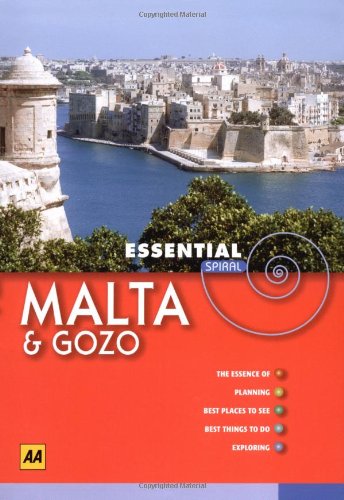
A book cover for AA Essential Spiral Malta and Gozo (AA Essential Spiral Guides); AA Publishing; Travel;